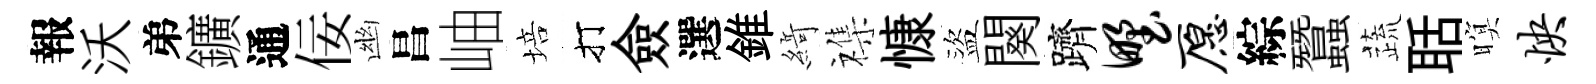
報沃弟鑛通佞幽昌岫培打僉選錐𦂶襍慷盜闋躋野愿綜蠶蔬聒暝怏